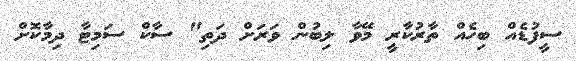
ސީފުޑެއް ބިހެއް ތާރުކާރީ މޭވާ ލިބުން ވަރަށް ދަތި" ސާކް ސަމިޓާ ދިމާކޮށް